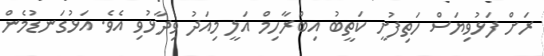
ރަށް ފަޅުވިޔަސް ހަތިފުށީ ކަތީބު އިބްރާހިމް އަލީ މިއަދު ވިދާޅުވި އެވެ. އަޅުގަނޑުމެން